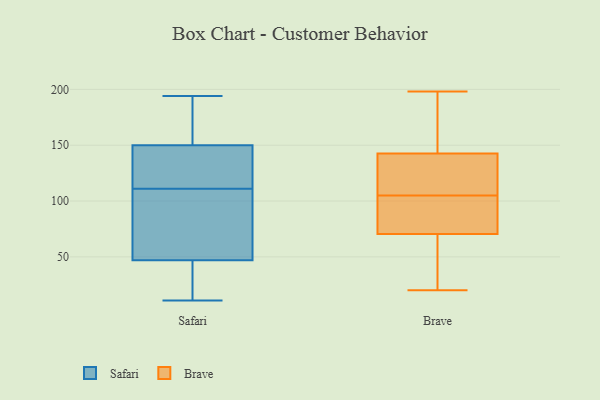
{"axis": {"x": "Latency (ms)", "y": "Value"}, "legend": ["Brave", "Safari"], "data": [{"x": "", "y": 118, "type": "Safari"}, {"x": "", "y": 55, "type": "Safari"}, {"x": "", "y": 31, "type": "Safari"}, {"x": "", "y": 194, "type": "Safari"}, {"x": "", "y": 155, "type": "Safari"}, {"x": "", "y": 177, "type": "Safari"}, {"x": "", "y": 91, "type": "Safari"}, {"x": "", "y": 104, "type": "Safari"}, {"x": "", "y": 47, "type": "Safari"}, {"x": "", "y": 193, "type": "Safari"}, {"x": "", "y": 35, "type": "Safari"}, {"x": "", "y": 126, "type": "Safari"}, {"x": "", "y": 122, "type": "Safari"}, {"x": "", "y": 144, "type": "Safari"}, {"x": "", "y": 22, "type": "Safari"}, {"x": "", "y": 150, "type": "Safari"}, {"x": "", "y": 11, "type": "Safari"}, {"x": "", "y": 74, "type": "Safari"}, {"x": "", "y": 133, "type": "Brave"}, {"x": "", "y": 108, "type": "Brave"}, {"x": "", "y": 156, "type": "Brave"}, {"x": "", "y": 118, "type": "Brave"}, {"x": "", "y": 80, "type": "Brave"}, {"x": "", "y": 163, "type": "Brave"}, {"x": "", "y": 88, "type": "Brave"}, {"x": "", "y": 83, "type": "Brave"}, {"x": "", "y": 36, "type": "Brave"}, {"x": "", "y": 138, "type": "Brave"}, {"x": "", "y": 20, "type": "Brave"}, {"x": "", "y": 76, "type": "Brave"}, {"x": "", "y": 105, "type": "Brave"}, {"x": "", "y": 54, "type": "Brave"}, {"x": "", "y": 45, "type": "Brave"}, {"x": "", "y": 177, "type": "Brave"}, {"x": "", "y": 198, "type": "Brave"}]}